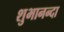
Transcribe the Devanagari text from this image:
शुभानन्दा